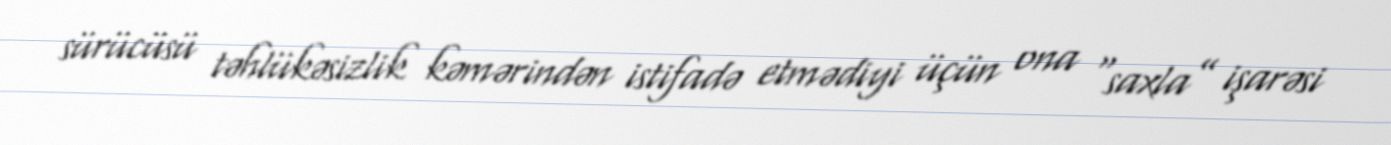
sürücüsü təhlükəsizlik kəmərindən istifadə etmədiyi üçün ona “saxla” işarəsi